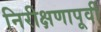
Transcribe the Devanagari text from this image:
निरीक्षणापूर्वी